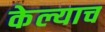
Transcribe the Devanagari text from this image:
केल्याच